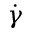
\dot { \gamma }